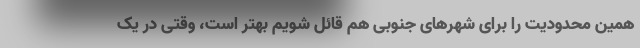
همین محدودیت را برای شهرهای جنوبی هم قائل شویم بهتر است، وقتی در یک